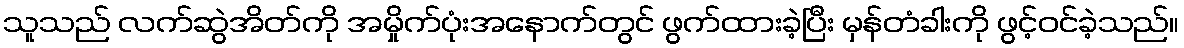
သူသည် လက်ဆွဲအိတ်ကို အမှိုက်ပုံးအနောက်တွင် ဖွက်ထားခဲ့ပြီး မှန်တံခါးကို ဖွင့်ဝင်ခဲ့သည်။